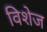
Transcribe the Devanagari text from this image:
विशेज